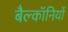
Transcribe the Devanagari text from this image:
बैल्कॉनियों